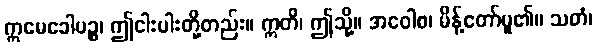
ဣမေခေါပဉ္စ၊ ဤငါးပါးတို့တည်း။ ဣတိ၊ ဤသို့။ အဝေါစ၊ မိန့်တော်မူ၏။ သတံ၊